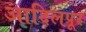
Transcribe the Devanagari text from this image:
आदिलपूर